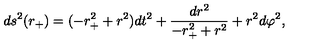
d s ^ { 2 } ( r _ { + } ) = ( - r _ { + } ^ { 2 } + r ^ { 2 } ) d t ^ { 2 } + \frac { d r ^ { 2 } } { - r _ { + } ^ { 2 } + r ^ { 2 } } + r ^ { 2 } d \varphi ^ { 2 } ,